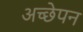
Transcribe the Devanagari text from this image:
अच्छेपन